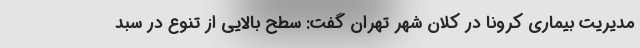
مدیریت بیماری کرونا در کلان شهر تهران گفت: سطح بالایی از تنوع در سبد